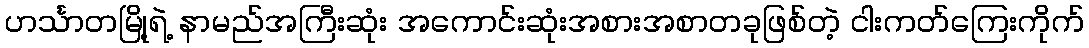
ဟင်္သာတမြို့ရဲ့ နာမည်အကြီးဆုံး အကောင်းဆုံးအစားအစာတခုဖြစ်တဲ့ ငါးကတ်ကြေးကိုက်